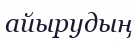
айырудың